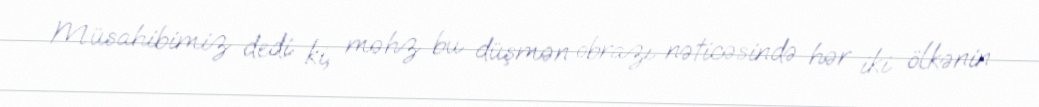
Müsahibimiz dedi ki, məhz bu düşmən obrazı nəticəsində hər iki ölkənin